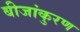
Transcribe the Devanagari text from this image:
बीजांकुरण